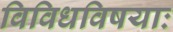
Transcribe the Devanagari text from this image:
विविधविषयाः